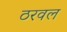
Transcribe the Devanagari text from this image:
ठरवल